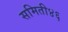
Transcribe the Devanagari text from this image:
समिती४६